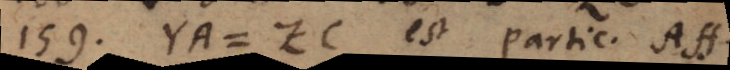
159) YA = ZC est Partic. Aff.